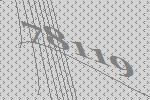
78119